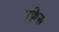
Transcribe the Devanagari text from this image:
एक्लेस